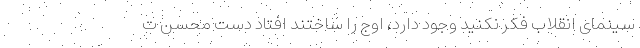
سینمای انقلاب فکر نکنید وجود دارد، اوج را ساختند افتاد دست محسن ت